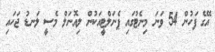
އޭގެ ފަހުން 54 ވަނަ މިނެޓުގައި ޕެނަލްޓީއަކުން ލިއޮނަލް މެސީ ލަނޑު ޖަހައި